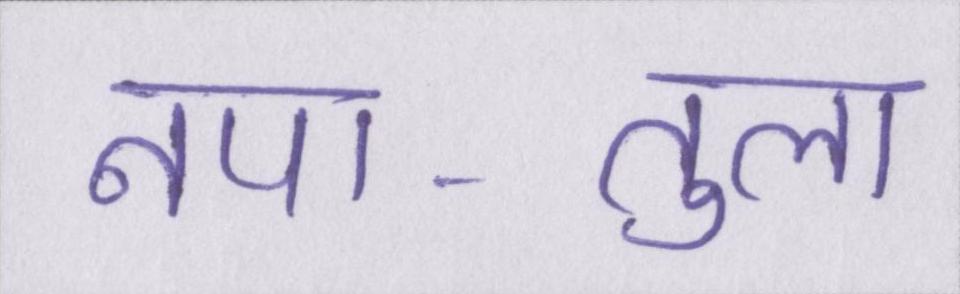
नपा-तुला